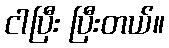
ငါပြီး ပြီးတယ်။